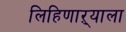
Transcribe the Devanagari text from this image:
लिहिणाऱ्याला